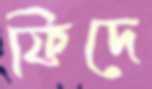
ফিদে